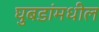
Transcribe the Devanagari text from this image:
घुबडांमधील